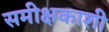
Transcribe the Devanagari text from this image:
समीक्षकाशी